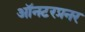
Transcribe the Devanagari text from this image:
ऑनटरप्रनर